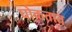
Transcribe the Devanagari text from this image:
घोकतात